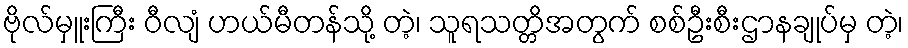
ဗိုလ်မှူးကြီး ဝီလျံ ဟယ်မီတန်သို့ တဲ့၊ သူရသတ္တိအတွက် စစ်ဦးစီးဌာနချုပ်မှ တဲ့၊